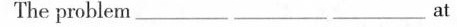
The problem ___ ___ ___ at